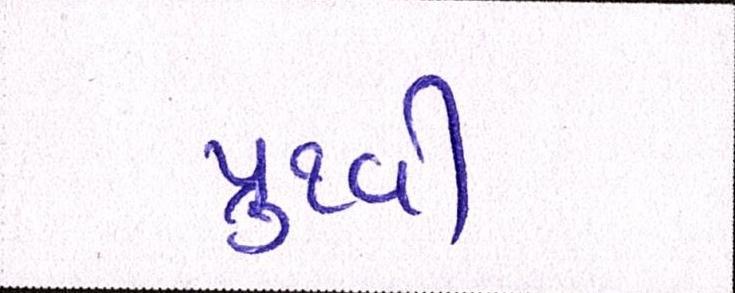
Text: પુથ્વી